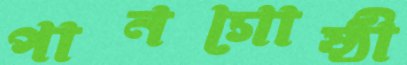
পানগোষ্ঠী